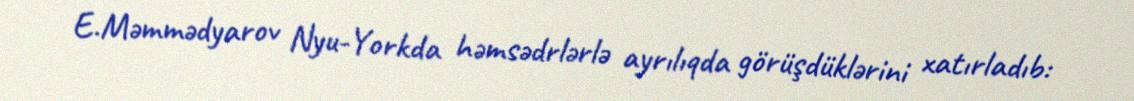
E.Məmmədyarov Nyu-Yorkda həmsədrlərlə ayrılıqda görüşdüklərini xatırladıb: